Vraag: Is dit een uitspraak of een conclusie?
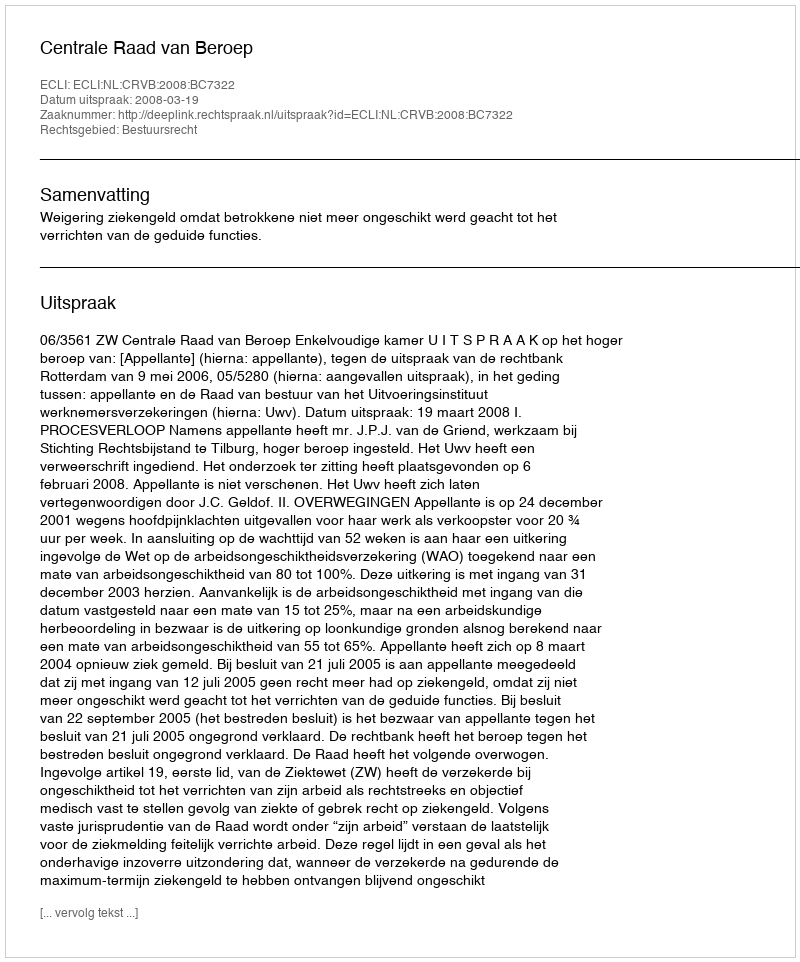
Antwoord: Uitspraak